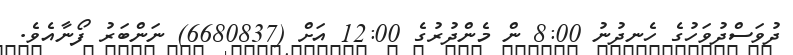
ދުވަސްދުވަހުގެ ހެނދުނު 8:00 ން މެންދުރުގެ 12:00 އަށް (6680837) ނަންބަރު ފޯނާއެވެ.